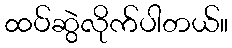
ထပ်ဆွဲလိုက်ပါတယ်။